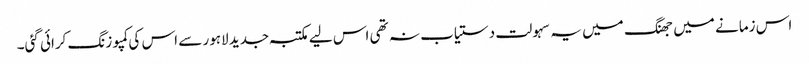
اس زمانے میں جھنگ میں یہ سہولت دستیاب نہ تھی اس لیے مکتبہ جدید لاہور سے اس کی کمپوزنگ کرائی گئی۔